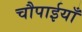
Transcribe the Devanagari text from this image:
चौपाईयाँ